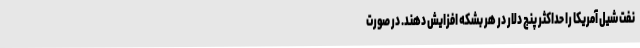
نفت شیل آمریکا را حداکثر پنج دلار در هر بشکه افزایش دهند. در صورت